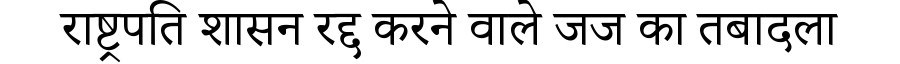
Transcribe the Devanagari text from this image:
राष्ट्रपति शासन रद्द करने वाले जज का तबादला